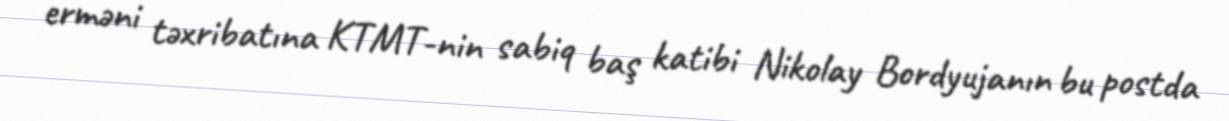
erməni təxribatına KTMT-nin sabiq baş katibi Nikolay Bordyujanın bu postda